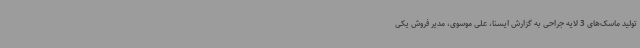
تولید ماسک‌های 3 لایه جراحی به گزارش ایسنا، علی موسوی، مدیر فروش یکی